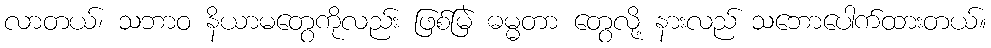
လာတယ်၊ သဘာဝ နိယာမတွေကိုလည်း ဖြစ်မြဲ ဓမ္မတာ တွေလို့ နားလည် သဘောပေါက်ထားတယ်။